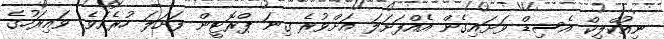
ނިއުކްލިކް އެސިޑް ވަށައިގެން އެއްފަށަލަ އަށްވުރެ ގިނަ ޕްރޮޓީން ފަށަލަ ހުރެއެވެ. ވައިރަހުގެ